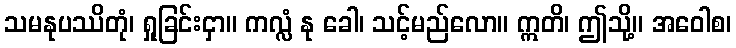
သမနုပဿိတုံ၊ ရှုခြင်းငှာ။ ကလ္လံ နု ခေါ၊ သင့်မည်လော။ ဣတိ၊ ဤသို့။ အဝေါစ၊